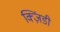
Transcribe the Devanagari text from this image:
क्ज़िंडी